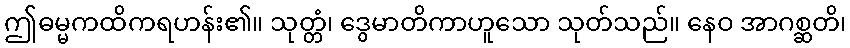
ဤဓမ္မကထိကရဟန်း၏။ သုတ္တံ၊ ဒွေမာတိကာဟူသော သုတ်သည်။ နေဝ အာဂစ္ဆတိ၊